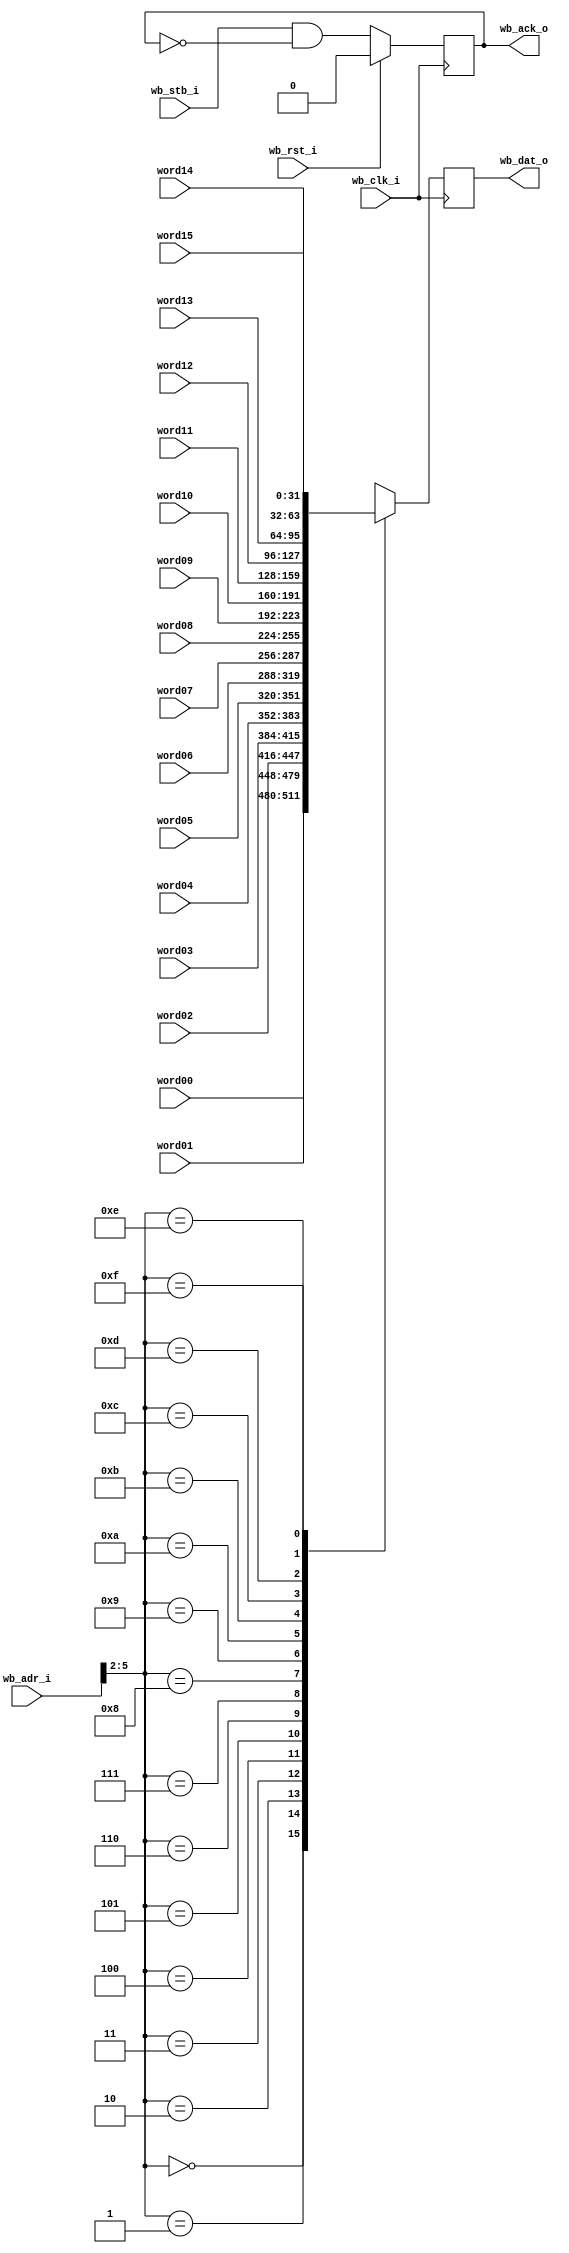


// Note -- clocks must be synchronous (derived from the same source)
// Assumes alt_clk is running at a multiple of wb_clk

module wb_readback_mux
  (input wb_clk_i,
   input wb_rst_i,
   input wb_stb_i,
   input [15:0] wb_adr_i,
   output reg [31:0] wb_dat_o,
   output reg wb_ack_o,
   
   input [31:0] word00,
   input [31:0] word01,
   input [31:0] word02,
   input [31:0] word03,
   input [31:0] word04,
   input [31:0] word05,
   input [31:0] word06,
   input [31:0] word07,
   input [31:0] word08,
   input [31:0] word09,
   input [31:0] word10,
   input [31:0] word11,
   input [31:0] word12,
   input [31:0] word13,
   input [31:0] word14,
   input [31:0] word15
   );

   always @(posedge wb_clk_i)
     if(wb_rst_i)
       wb_ack_o <= 0;
     else
       wb_ack_o <= wb_stb_i & ~wb_ack_o;
   
   always @(posedge wb_clk_i)
     case(wb_adr_i[5:2])
       0 : wb_dat_o <= word00;
       1 : wb_dat_o <= word01;
       2 : wb_dat_o <= word02;
       3 : wb_dat_o <= word03;
       4 : wb_dat_o <= word04;
       5 : wb_dat_o <= word05;
       6 : wb_dat_o <= word06;
       7 : wb_dat_o <= word07;
       8 : wb_dat_o <= word08;
       9 : wb_dat_o <= word09;
       10: wb_dat_o <= word10;
       11: wb_dat_o <= word11;
       12: wb_dat_o <= word12;
       13: wb_dat_o <= word13;
       14: wb_dat_o <= word14;
       15: wb_dat_o <= word15;
     endcase // case(addr_reg[3:0])
      
endmodule // wb_readback_mux